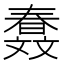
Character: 𣁤